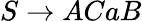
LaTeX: S\rightarrow ACaB